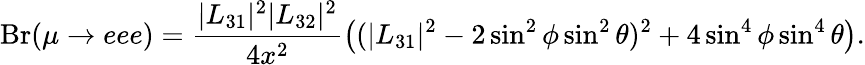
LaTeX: \mathrm{{Br}}(\mu\rightarrow eee)=\frac{|L_{31}|^{2}|L_{32}|^{2}}{4x^{2}}\left((|L_{31}|^{2}-2\sin^{2}\phi\sin^{2}\theta)^{2}+4\sin^{4}\phi\sin^{4}\theta\right).